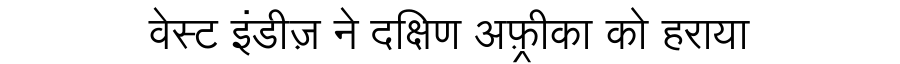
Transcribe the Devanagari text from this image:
वेस्ट इंडीज़ ने दक्षिण अफ़्रीका को हराया